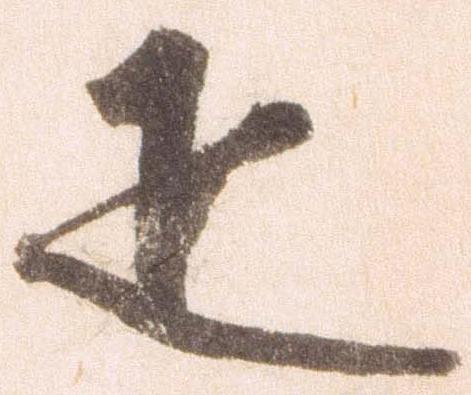
疋